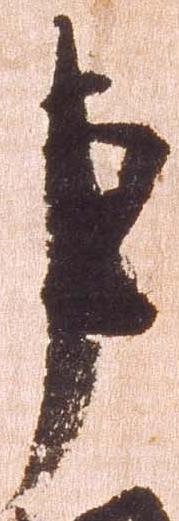
事